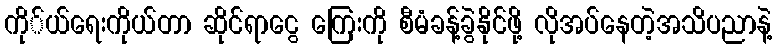
ကို်ယ်ရေးကိုယ်တာ ဆိုင်ရာငွေ ကြေးကို စီမံခန့်ခွဲနိုင်ဖို့ လိုအပ်နေတဲ့အသိပညာနဲ့